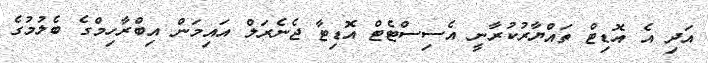
އަދި އެ އޮޑިޓް ތައްޔާރުކުރާނީ އެސިސްޓެޓް އޮޑިޓާ ޖެނެރަލް އައިމަން އިބްރާހިމްގެ ބެލުމުގެ